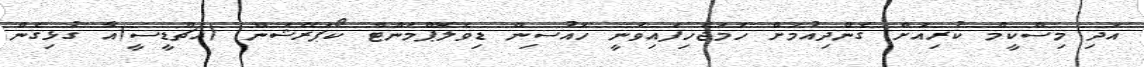
އަދި މިސްކީމް ކުރިއަށް ގެންދިއުމަށް ހަމަޖެހިފައިވަނީ ހައުސިން ޑިވެލޮޕްމަންޓް ކޯޕަރޭޝަން (އެޗްޑީސީ)އާ ގުޅިގެން